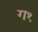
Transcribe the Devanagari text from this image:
ग१